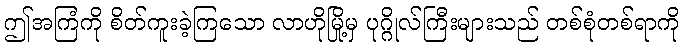
ဤအကြံကို စိတ်ကူးခဲ့ကြသော လာဟိုမြို့မှ ပုဂ္ဂိုလ်ကြီးများသည် တစ်စုံတစ်ရာကို